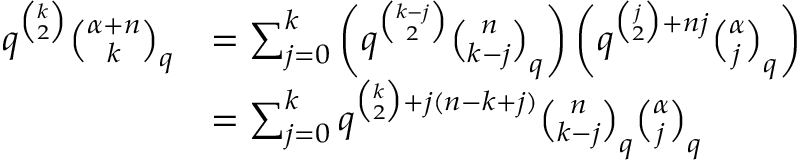
\begin{array} { r l } { q ^ { \binom { k } { 2 } } \binom { \alpha + n } { k } _ { q } } & { = \sum _ { j = 0 } ^ { k } \left( q ^ { \binom { k - j } { 2 } } \binom { n } { k - j } _ { q } \right) \left( q ^ { \binom { j } { 2 } + n j } \binom { \alpha } { j } _ { q } \right) } \\ & { = \sum _ { j = 0 } ^ { k } q ^ { \binom { k } { 2 } + j ( n - k + j ) } \binom { n } { k - j } _ { q } \binom { \alpha } { j } _ { q } } \end{array}